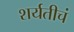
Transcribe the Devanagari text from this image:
शर्यतीचं